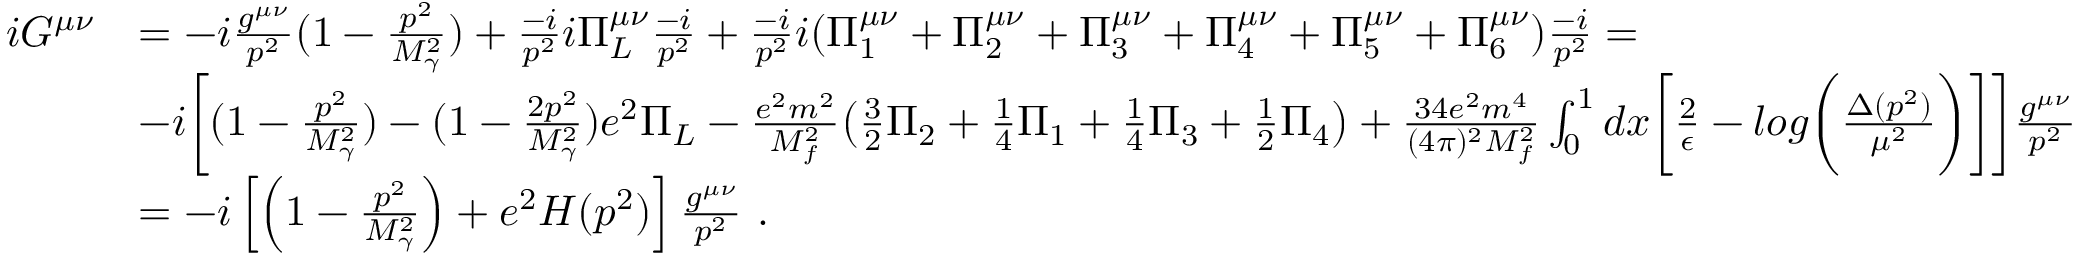
\begin{array} { r l } { i G ^ { \mu \nu } } & { = - i \frac { g ^ { \mu \nu } } { p ^ { 2 } } ( 1 - \frac { p ^ { 2 } } { M _ { \gamma } ^ { 2 } } ) + \frac { - i } { p ^ { 2 } } i \Pi _ { L } ^ { \mu \nu } \frac { - i } { p ^ { 2 } } + \frac { - i } { p ^ { 2 } } i ( \Pi _ { 1 } ^ { \mu \nu } + \Pi _ { 2 } ^ { \mu \nu } + \Pi _ { 3 } ^ { \mu \nu } + \Pi _ { 4 } ^ { \mu \nu } + \Pi _ { 5 } ^ { \mu \nu } + \Pi _ { 6 } ^ { \mu \nu } ) \frac { - i } { p ^ { 2 } } = } \\ & { - i \biggl [ ( 1 - \frac { p ^ { 2 } } { M _ { \gamma } ^ { 2 } } ) - ( 1 - \frac { 2 p ^ { 2 } } { M _ { \gamma } ^ { 2 } } ) e ^ { 2 } \Pi _ { L } - \frac { e ^ { 2 } m ^ { 2 } } { M _ { f } ^ { 2 } } \bigl ( \frac { 3 } { 2 } \Pi _ { 2 } + \frac { 1 } { 4 } \Pi _ { 1 } + \frac { 1 } { 4 } \Pi _ { 3 } + \frac { 1 } { 2 } \Pi _ { 4 } \big ) + \frac { 3 4 e ^ { 2 } m ^ { 4 } } { ( 4 \pi ) ^ { 2 } M _ { f } ^ { 2 } } \int _ { 0 } ^ { 1 } d x \biggl [ \frac { 2 } { \epsilon } - l o g \biggl ( \frac { \Delta ( p ^ { 2 } ) } { \mu ^ { 2 } } \biggr ) \biggr ] \biggr ] \frac { g ^ { \mu \nu } } { p ^ { 2 } } } \\ & { = - i \left[ \left( 1 - \frac { p ^ { 2 } } { M _ { \gamma } ^ { 2 } } \right) + e ^ { 2 } H ( p ^ { 2 } ) \right] \frac { g ^ { \mu \nu } } { p ^ { 2 } } \ . } \end{array}